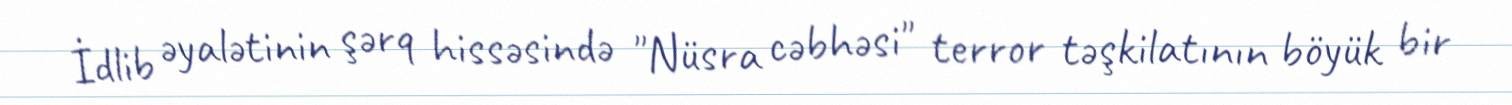
İdlib əyalətinin şərq hissəsində "Nüsra cəbhəsi" terror təşkilatının böyük bir